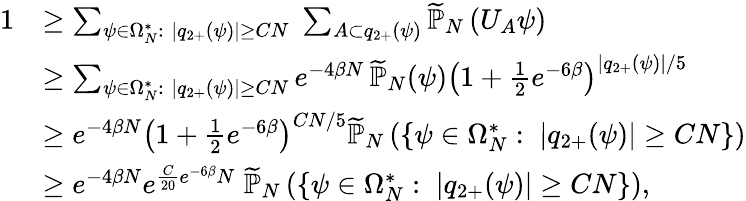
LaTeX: \begin{array}{rl}{1}&{\ge\sum_{\psi\in\Omega_{N}^{*}:\; \vert q_{2+}(\psi)\vert\ge CN}\; \sum_{A\subset q_{2+}(\psi)}\widetilde{\mathbb{P}}_{N}\left(U_{A}\psi\right)}\\ &{\ge\sum_{\psi\in\Omega_{N}^{*}:\; \vert q_{2+}(\psi)\vert\ge CN}e^{-4\beta N}\, \widetilde{\mathbb{P}}_{N}(\psi)\left(1+\frac{1}{2}e^{-6\beta}\right)^{\vert q_{2+}(\psi)\vert/5}}\\ &{\ge e^{-4\beta N}\left(1+\frac{1}{2}e^{-6\beta}\right)^{CN/5}\widetilde{\mathbb{P}}_{N}\left(\left\{ \psi\in\Omega_{N}^{*}:\; \vert q_{2+}(\psi)\vert\ge CN\right\} \right)}\\ &{\ge e^{-4\beta N}e^{\frac{C}{20}e^{-6\beta}N}\; \widetilde{\mathbb{P}}_{N}\left(\{ \psi\in\Omega_{N}^{*}:\; \vert q_{2+}(\psi)\vert\ge CN\} \right),}\end{array}